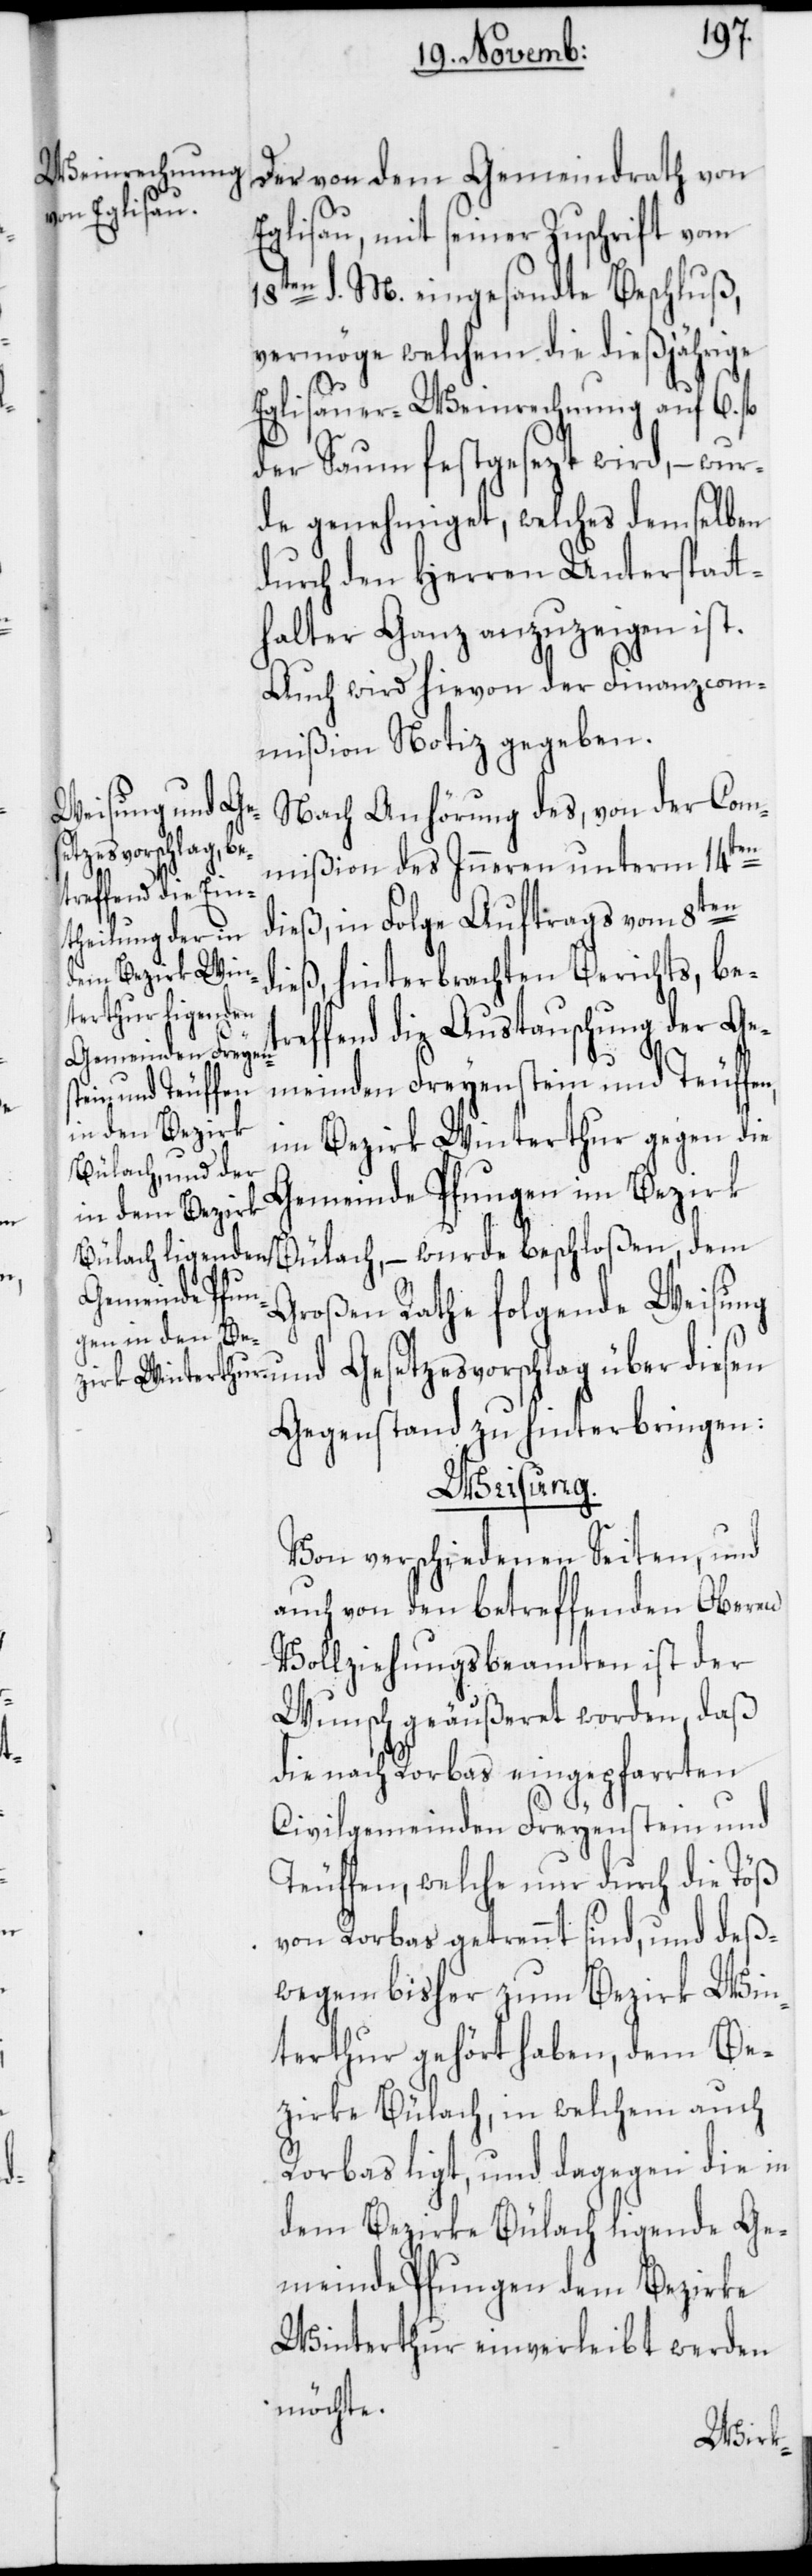
Der von dem Gemeindrath von
Eglisau, mit seiner Zuschrift vom
18ten d. M. eingesandte Beschluß,
vermöge welchem die dießjährige
Eglisauer-Weinrechnung auf
6. fl.
der Saum festgesezt wird, – wur¬
de genehmiget, welches demselben
durch den Herren Unterstatt¬
halter Ganz anzuzeigen ist.
Auch wird hievon der Finanzcom¬
mißion Notiz gegeben.
Nach Anhörung des, von der Com¬
mißion des Inneren unterm 14ten
dieß, in Folge Auftrags vom 8ten
dieß, hinterbrachten Berichts, be¬
treffend die Austauschung der Ge¬
meinden Freyenstein und Teuffen,
im Bezirk Winterthur gegen die
Gemeinde Pfungen im Bezirk
Bülach, – wurde beschloßen, dem
Großen Rathe folgende Weisung
und Gesetzesvorschlag über diesen
Gegenstand zu hinterbringen:
Weisung.
Von verschiedenen Seiten, und
auch von den betreffenden Oberen
Vollziehungsbeamten ist der
Wunsch geäußeret worden, daß
die nach Rorbas eingepfarrten
Civilgemeinden Freyenstein und
Teuffen, welche nur durch die Töß
von Rorbas getrennt sind, und deß¬
wegen bisher zum Bezirk Win¬
terthur gehört haben, dem Be¬
zirke Bülach, in welchem auch
Rorbas ligt, und dagegen die in
dem Bezirke Bülach ligende Ge¬
meinde Pfungen dem Bezirke
Winterthur einverleibt werden
möchte.